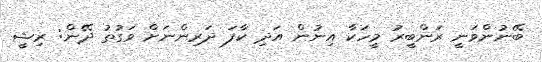
ބޭނުންވަނީ ރަންބީރު މީހަކާ އިނުން އަދި ކާފަ ދަރިންނަށް ވަގުތު ދޭން: ރިޝީ